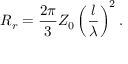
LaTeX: R _ { r } = { \frac { 2 \pi } { 3 } } Z _ { 0 } \left( { \frac { l } { \lambda } } \right) ^ { 2 } .